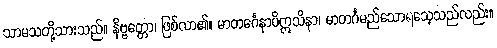
သာမသတို့သားသည်။ နိဗ္ဗတ္တော၊ ဖြစ်လာ၏။ မာတင်္ဂေနာပိဣသိနာ၊ မာတင်္ဂမည်သောရသေ့သည်လည်း။